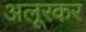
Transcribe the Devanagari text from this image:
अलूरकर